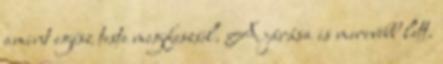
amint egész teste megfeszül. A járása is merevebb lett.